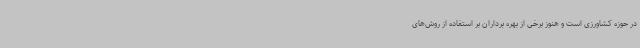
در حوزه کشاورزی است و هنوز برخی از بهره برداران بر استفاده از روش‌های